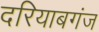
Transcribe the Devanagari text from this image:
दरियाबगंज